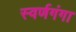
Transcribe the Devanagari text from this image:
स्वर्णगंगा